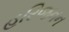
હરિજનન